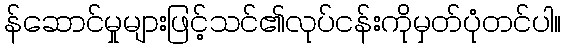
န်ဆောင်မှုများဖြင့်သင်၏လုပ်ငန်းကိုမှတ်ပုံတင်ပါ။